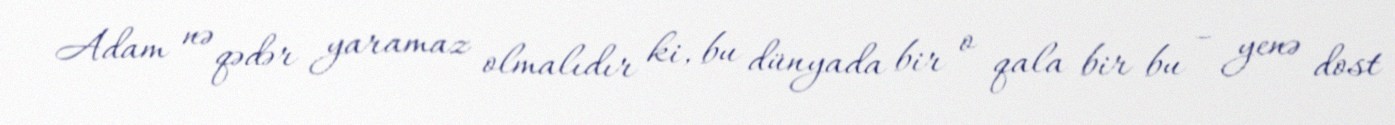
Adam nə qədər yaramaz olmalıdır ki, bu dünyada bir o qala bir bu – yenə dost